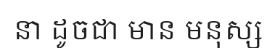
នា ដូចជា មាន មនុស្ស